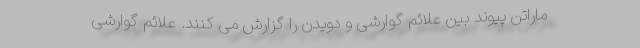
ماراتن پیوند بین علائم گوارشی و دویدن را گزارش می کنند. علائم گوارشی